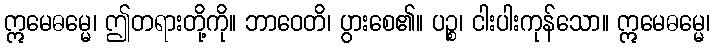
ဣမေဓမ္မေ၊ ဤတရားတို့ကို။ ဘာဝေတိ၊ ပွားစေ၏။ ပဉ္စ၊ ငါးပါးကုန်သော။ ဣမေဓမ္မေ၊